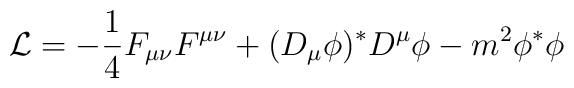
{\cal L} = - {1\over 4} F_{\mu\nu} F^{\mu\nu} + (D_{\mu}\phi)^{*} D^{\mu}\phi- m^{2}\phi^{*}\phi